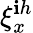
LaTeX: \xi_{x}^{\mathbf{i}h}